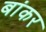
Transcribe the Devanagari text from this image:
बांकर